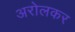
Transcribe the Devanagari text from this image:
अरोलकर